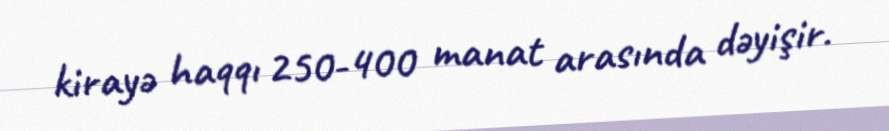
kirayə haqqı 250-400 manat arasında dəyişir.